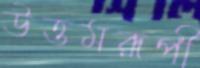
উত্তমরূপী